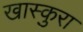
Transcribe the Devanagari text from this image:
खास्कुरा